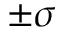
\pm \sigma